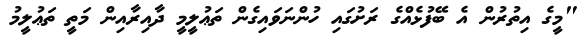
"މީގެ އިތުރުން އެ ބޭފުޅެއްގެ ރަށުގައި ހުންނަވައިގެން ތަޢުލީމީ ދާއިރާއިން މަތީ ތަޢުލީމު